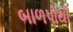
બાળપોથી